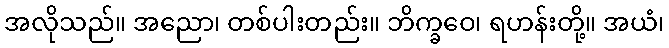
အလိုသည်။ အညော၊ တစ်ပါးတည်း။ ဘိက္ခဝေ၊ ရဟန်းတို့။ အယံ၊